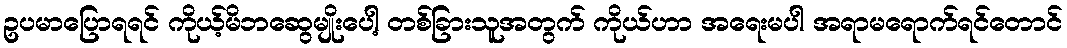
ဥပမာပြောရရင် ကိုယ့်မိဘဆွေမျိုးပေါ့ တစ်ခြားသူအတွက် ကိုယ်ဟာ အရေးမပါ အရာမရောက်ရင်တောင်